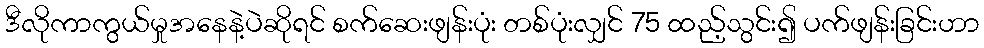
ဒီလိုကာကွယ်မှုအနေနဲ့ပဲဆိုရင် စက်ဆေးဖျန်းပုံး တစ်ပုံးလျှင် 75 ထည့်သွင်း၍ ပက်ဖျန်းခြင်းဟာ